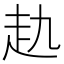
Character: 𧺎